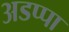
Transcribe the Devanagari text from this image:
अडप्पा